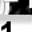
Digit: 1